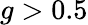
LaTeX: g>0.5